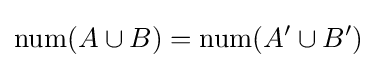
\mathrm {num} (A\cup B)=\mathrm {num} (A'\cup B')